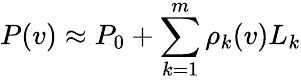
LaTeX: P(v)\approx P_{0}+\sum_{k=1}^{m}\rho_{k}(v)L_{k}